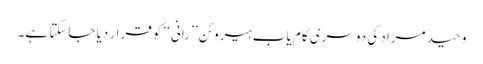
وحید مراد کی دوسری کام یاب ہیروئن ’’رانی‘‘ کو قرار دیا جاسکتا ہے۔